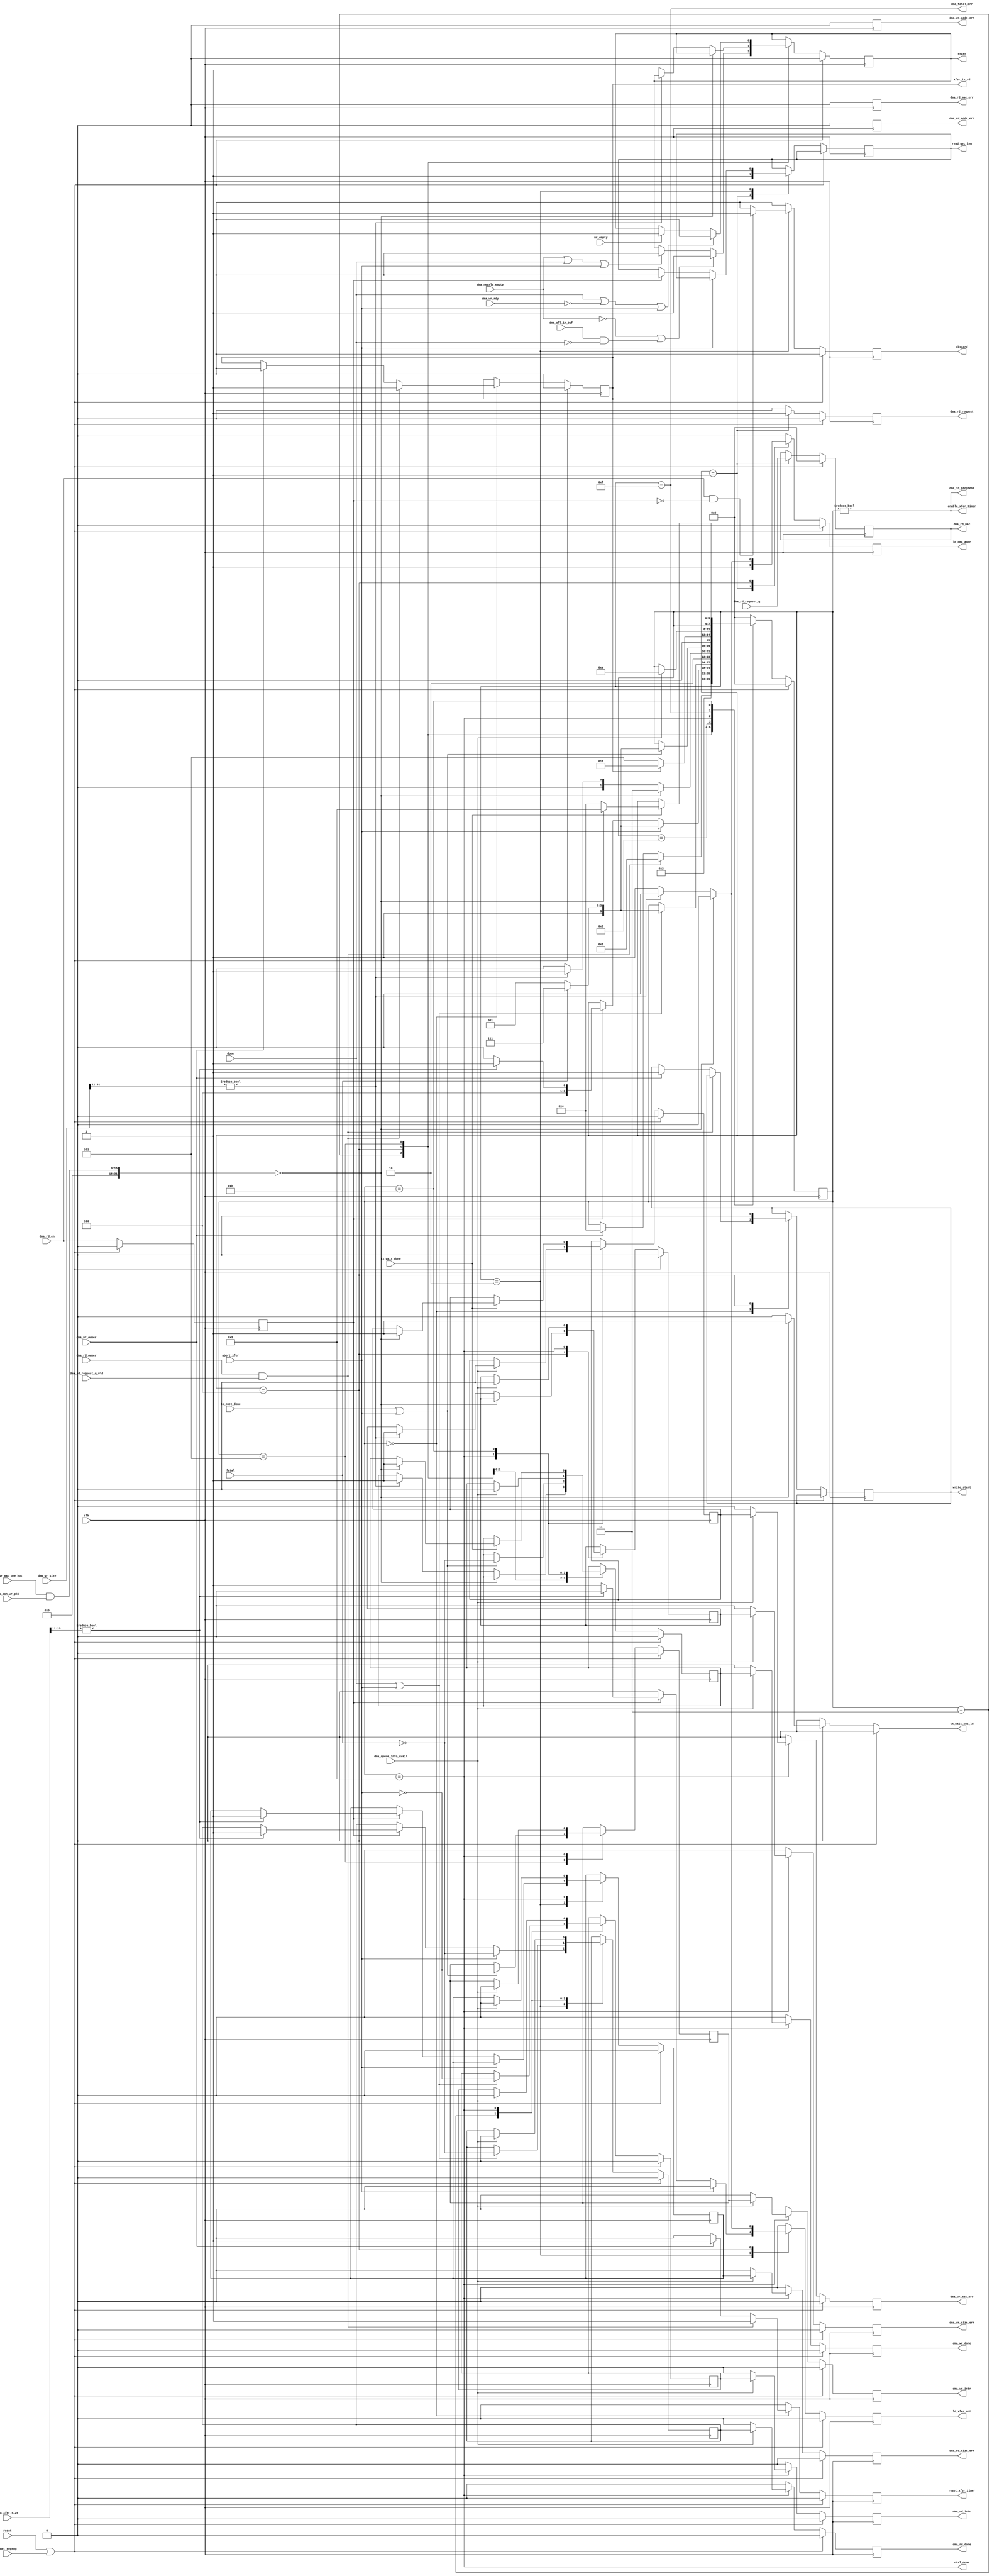
///////////////////////////////////////////////////////////////////////////////
// vim:set shiftwidth=3 softtabstop=3 expandtab:
// $Id: dma_engine_ctrl.v 3635 2008-04-21 03:42:17Z grg $
//
// Module: dma_engine_ctrl.v
// Project: CPCI (PCI Control FPGA)
// Description: Main state machine for the DMA engine
//
// Note: read and write are from the perspective of the driver.
//       Read means retrieve a packet from the CNET and place in memory.
//       Write means send a packet from memory to CNET.
//
// Change history: 12/9/07 - Split from DMA engine
//
// Issues to address:
//
///////////////////////////////////////////////////////////////////////////////

module dma_engine_ctrl (
            // PCI Signals
            output reg     dma_rd_intr,   // Request an interrupt to indicate read done
            output reg     dma_wr_intr,   // Request an interrupt to indicate write done

            // CPCI register interface signals
            output reg [3:0] dma_rd_mac,    // Which MAC was read data from

            input [31:0]   dma_wr_size,   // Packet size when performing writes

            input          dma_rd_owner,  // Who owns read buffer (1 = CPCI)
            input          dma_wr_owner,  // Who owns write buffer (1 = CPCI)

            output reg     dma_rd_done,   // The current read is done
            output reg     dma_wr_done,   // The current write is done

            output reg     dma_rd_size_err, // Read size is invalid
            output reg     dma_wr_size_err, // Write size is invalid

            output reg     dma_rd_addr_err, // Read address is invalid
            output reg     dma_wr_addr_err, // Write address is invalid

            output reg     dma_rd_mac_err, // No data is available to read from the requested MAC (not used)
            output reg     dma_wr_mac_err, // No space is available to write to the requested MAC

            output         dma_fatal_err, // Non-recoverable error

            output         dma_in_progress, // Is a DMA transfer currently taking place?

            // CNET DMA interface signals
            output reg     dma_rd_request, // Request packet from buffer

            input [15:0]   dma_xfer_size, // Transfer size of DMA read
            input          dma_rd_en,     // Read a word from the buffer

            input [15:0]   dma_can_wr_pkt, // Space in Virtex for full pkt

            input          dma_queue_info_avail,// Is DMA tx full info avail?

            input          dma_nearly_empty, // Three words or less left in the buffer
            input          dma_all_in_buf, // All data for the packet is in the buffer

            input          dma_wr_rdy,    // There's space in the buffer

            input          tx_wait_done,
            input          to_cnet_done,
            input          wr_empty,
            input          fatal,         // Fatal error
            output reg     start,         // Start (or continue) transferring
            input          done,          // Is the transfer done?

            output reg     ld_xfer_cnt,   // Load the xfer counter
            output reg     ld_dma_addr,   // Load the DMA address

            output reg     read_get_len,  // Record the length of the packet during a write
            output reg     write_start,   // In the write start state

            output         ctrl_done,     // In the done state

            input          dma_rd_request_q_vld,
            input [3:0]    dma_rd_request_q,
            input [15:0]   dma_wr_mac_one_hot,

            output reg     xfer_is_rd,    // Xfer is a read
            output reg     discard,       // Discard the current word

            output reg     reset_xfer_timer, // Reset the xfer timer
            output         enable_xfer_timer, // Enable the xfer timer
            input          abort_xfer,    // Abort the transfer

            output reg     tx_wait_cnt_ld,// Tx Wait counter

            // Miscelaneous signals
            input          cnet_reprog,   // Indicates that the CNET is
                                          // currently being reprogrammed

            input          reset,
            input          clk
         );


// ==================================================================
// Local
// ==================================================================

// Try to start a PCI transaction
reg start_nxt;

reg ld_xfer_cnt_nxt;

// Address pointer
reg ld_dma_addr_nxt;

// DMA request signals
reg dma_rd_request_nxt;

// Delayed version of dma_rd_en
reg dma_rd_en_d1;

// Read and write done
reg dma_rd_done_nxt, dma_wr_done_nxt;

reg next_dma_rd_done_nxt;
reg next_dma_rd_done;

reg next_dma_wr_done_nxt;
reg next_dma_wr_done;

// Transfer direction
reg xfer_is_rd_nxt;

// Discard a word from the read fifo
reg discard_nxt;

// Error signals
reg dma_rd_size_err_nxt;
reg dma_wr_size_err_nxt;
reg dma_rd_addr_err_nxt;
reg dma_wr_addr_err_nxt;
reg dma_rd_mac_err_nxt;
reg dma_wr_mac_err_nxt;

reg next_dma_rd_size_err;
reg next_dma_rd_size_err_nxt;
reg next_dma_wr_size_err;
reg next_dma_wr_size_err_nxt;
reg next_dma_wr_mac_err;
reg next_dma_wr_mac_err_nxt;

// Transfer timer
reg reset_xfer_timer_nxt;

// DMA interrupt signal
reg dma_rd_intr_nxt, dma_wr_intr_nxt;

reg next_dma_rd_intr;
reg next_dma_rd_intr_nxt;
reg next_dma_wr_intr;
reg next_dma_wr_intr_nxt;

// State variables
reg read_start_nxt;
reg read_get_len_nxt;
reg write_start_nxt;

// Which MAC did we read?
reg [3:0] dma_rd_mac_nxt;

// ==================================================================
// Control state machine
// ==================================================================

/* The state machine has the following states:
 *   DMAC_Idle        - Waiting for a transaction
 *   DMAC_Read        - Read transaction
 *   DMAC_Write       - Write transaction
 */

reg [3:0] curr_state, curr_state_nxt;

`define DMAC_Idle          4'h0
`define DMAC_Read_Start    4'h1
`define DMAC_Read_Get_Len  4'h2
`define DMAC_Read          4'h3
`define DMAC_Write_Start   4'h4
`define DMAC_Write         4'h5
`define DMAC_Wait          4'h8
`define DMAC_Done          4'h9
`define DMAC_Pre_Idle      4'ha
`define DMAC_Wait_Tx       4'hb
`define DMAC_Error         4'hf

always @(posedge clk)
begin
   curr_state <= curr_state_nxt;

   start <= start_nxt;
   ld_xfer_cnt <= ld_xfer_cnt_nxt;
   ld_dma_addr <= ld_dma_addr_nxt;
   discard <= discard_nxt;
   reset_xfer_timer <= reset_xfer_timer_nxt;

   // External signals
   xfer_is_rd <= xfer_is_rd_nxt;
   dma_rd_request <= dma_rd_request_nxt;
   dma_rd_mac <= dma_rd_mac_nxt;
   dma_rd_done <= dma_rd_done_nxt;
   dma_wr_done <= dma_wr_done_nxt;
   next_dma_rd_done <= next_dma_rd_done_nxt;
   next_dma_wr_done <= next_dma_wr_done_nxt;
   dma_rd_size_err <= dma_rd_size_err_nxt;
   dma_wr_size_err <= dma_wr_size_err_nxt;
   dma_rd_addr_err <= dma_rd_addr_err_nxt;
   dma_wr_addr_err <= dma_wr_addr_err_nxt;
   dma_rd_mac_err <= dma_rd_mac_err_nxt;
   dma_wr_mac_err <= dma_wr_mac_err_nxt;
   next_dma_rd_size_err <= next_dma_rd_size_err_nxt;
   next_dma_wr_size_err <= next_dma_wr_size_err_nxt;
   next_dma_wr_mac_err <= next_dma_wr_mac_err_nxt;
   dma_rd_intr <= dma_rd_intr_nxt;
   dma_wr_intr <= dma_wr_intr_nxt;
   next_dma_rd_intr <= next_dma_rd_intr_nxt;
   next_dma_wr_intr <= next_dma_wr_intr_nxt;
   read_get_len <= read_get_len_nxt;
   write_start <= write_start_nxt;
end

always @*
begin
   // Set defaults
   curr_state_nxt = curr_state;

   start_nxt = start;
   ld_xfer_cnt_nxt = 1'b0;
   ld_dma_addr_nxt = 1'b0;
   discard_nxt = 1'b0;
   reset_xfer_timer_nxt = 1'b0;

   xfer_is_rd_nxt = xfer_is_rd;
   dma_rd_request_nxt = 1'b0;
   dma_rd_mac_nxt = dma_rd_mac;
   dma_rd_done_nxt = 1'b0;
   dma_wr_done_nxt = 1'b0;
   next_dma_rd_done_nxt = next_dma_rd_done;
   next_dma_wr_done_nxt = next_dma_wr_done;
   dma_rd_size_err_nxt = 1'b0;
   dma_wr_size_err_nxt = 1'b0;
   dma_rd_addr_err_nxt = 1'b0;
   dma_wr_addr_err_nxt = 1'b0;
   dma_rd_mac_err_nxt = 1'b0;
   dma_wr_mac_err_nxt = 1'b0;
   next_dma_rd_size_err_nxt = next_dma_rd_size_err;
   next_dma_wr_size_err_nxt = next_dma_wr_size_err;
   next_dma_wr_mac_err_nxt = next_dma_wr_mac_err;
   dma_rd_intr_nxt = 1'b0;
   dma_wr_intr_nxt = 1'b0;
   next_dma_rd_intr_nxt = next_dma_rd_intr;
   next_dma_wr_intr_nxt = next_dma_wr_intr;
   read_get_len_nxt = read_get_len;
   write_start_nxt = write_start;

   tx_wait_cnt_ld = 0;


   // On either reset or the CNET being reprogrammed, go to the idle state
   if (reset || cnet_reprog) begin
      curr_state_nxt = `DMAC_Idle;
      start_nxt = 1'b0;
      xfer_is_rd_nxt = 1'b0;
      dma_rd_mac_nxt = 4'h0;
      next_dma_rd_done_nxt = 1'b0;
      next_dma_wr_done_nxt = 1'b0;
      next_dma_rd_intr_nxt = 1'b0;
      next_dma_wr_intr_nxt = 1'b0;
      next_dma_rd_size_err_nxt = 1'b0;
      next_dma_wr_size_err_nxt = 1'b0;
      next_dma_wr_mac_err_nxt = 1'b0;
   end
   else
      case (curr_state)
         `DMAC_Idle : begin
            // Check if there is a read request and there is data available
            if (dma_rd_owner && dma_rd_request_q_vld) begin
               curr_state_nxt = `DMAC_Read_Start;
               reset_xfer_timer_nxt = 1'b1;
               xfer_is_rd_nxt = 1'b1;
               read_start_nxt = 1'b1;
            end
            // Check if there is a write request
            else if (dma_wr_owner) begin
               curr_state_nxt = `DMAC_Write_Start;
               reset_xfer_timer_nxt = 1'b1;
               xfer_is_rd_nxt = 1'b0;
               write_start_nxt = 1'b1;
            end
         end

         `DMAC_Read_Start : begin
            curr_state_nxt = `DMAC_Read_Get_Len;

            // Sample the target address
            ld_dma_addr_nxt = 1'b1;

            // Instruct the CNET to start transferring a packet
            dma_rd_request_nxt = 1'b1;
            dma_rd_mac_nxt = dma_rd_request_q;

            read_start_nxt = 1'b0;
            read_get_len_nxt = 1'b1;
         end

         `DMAC_Read_Get_Len : begin
            if (dma_rd_en && !dma_rd_en_d1) begin
               // Discard the word from the FIFO
               discard_nxt = 1'b1;
            end

            if (abort_xfer) begin
               curr_state_nxt = fatal ? `DMAC_Error : `DMAC_Done;
               next_dma_rd_done_nxt = !fatal;
            end
            // Capture the first word that is transferred as the length
            else if (dma_rd_en_d1) begin
               // Make sure the size is < 2048
               if (dma_xfer_size[15:11] != 'h0) begin
                  curr_state_nxt = `DMAC_Done;
                  next_dma_rd_done_nxt = 1'b1;
                  next_dma_rd_size_err_nxt = 1'b1;
               end
               else begin
                  curr_state_nxt = `DMAC_Wait;

                  // Capture the length of the transfer
                  ld_xfer_cnt_nxt = 1'b1;
               end

               // Record that we're no longer in the get len state
               read_get_len_nxt = 1'b0;
            end
         end

         `DMAC_Read : begin
            // Generate a start signal if the buffer is not empty or if all
            // of the data has been transferred
            if (!dma_nearly_empty || (dma_all_in_buf && !done))
               start_nxt = 1'b1;
            else if (dma_nearly_empty || done || abort_xfer)
               start_nxt = 1'b0;

            // Return to the idle state when done
            if (done || abort_xfer) begin
               curr_state_nxt = fatal ? `DMAC_Error : `DMAC_Done;
               next_dma_rd_done_nxt = !fatal;
               next_dma_rd_intr_nxt = !abort_xfer;
            end
         end

         `DMAC_Write_Start : begin
            if ((dma_wr_mac_one_hot & dma_can_wr_pkt) == 'h0) begin
	       // wait a while to see if current pkt gets transmitted
	       // before we indicate an error.
               curr_state_nxt = `DMAC_Wait_Tx;
	       tx_wait_cnt_ld = 1;
            end
            // Make sure the size is < 2048
            else if (dma_wr_size[31:11] != 'h0) begin
               curr_state_nxt = `DMAC_Done;
               next_dma_wr_done_nxt = 1'b1;
               next_dma_wr_size_err_nxt = 1'b1;
            end
            else begin
               curr_state_nxt = `DMAC_Wait;

               // Sample the target address
               ld_dma_addr_nxt = 1'b1;
               ld_xfer_cnt_nxt = 1'b1;

               // Start the transfer
               start_nxt = 1'b1;
            end

            // Record that we're leaving the write start state
            write_start_nxt = 1'b0;
         end

         `DMAC_Write : begin
            // Halt the transfer if the register buffer to the CNET becomes full
            // or we've transferred everything or a timeout occurs
            if (done || !dma_wr_rdy || abort_xfer)
               start_nxt = 1'b0;
            else if (wr_empty)
               start_nxt = 1'b1;

            // Return to the idle state when we're done sending all data to
            // the CNET
            if (to_cnet_done || abort_xfer) begin
               curr_state_nxt = fatal ? `DMAC_Error : `DMAC_Done;
               next_dma_wr_done_nxt = !fatal;
               next_dma_wr_intr_nxt = !abort_xfer;
            end
         end

         `DMAC_Wait : begin
            // Wait a clock cycle for counts to settle
            curr_state_nxt = xfer_is_rd ? `DMAC_Read : `DMAC_Write ;
         end

         `DMAC_Done : begin
            if (dma_queue_info_avail) begin
               curr_state_nxt = `DMAC_Pre_Idle;

               // Copy the appropriate *next* signals into the outputs
               dma_rd_done_nxt = next_dma_rd_done;
               dma_rd_intr_nxt = next_dma_rd_intr;

               dma_wr_done_nxt = next_dma_wr_done;
               dma_wr_intr_nxt = next_dma_wr_intr;

               dma_rd_size_err_nxt = next_dma_rd_size_err;
               dma_wr_size_err_nxt = next_dma_wr_size_err;
               dma_wr_mac_err_nxt = next_dma_wr_mac_err;

               // Clear the *next* signals
               next_dma_rd_done_nxt = 1'b0;
               next_dma_wr_done_nxt = 1'b0;
               next_dma_rd_intr_nxt = 1'b0;
               next_dma_wr_intr_nxt = 1'b0;
               next_dma_rd_size_err_nxt = 1'b0;
               next_dma_wr_size_err_nxt = 1'b0;
               next_dma_wr_mac_err_nxt = 1'b0;
            end
         end

         `DMAC_Pre_Idle : begin
            // Wait here for one cycle for the read/write flags to be reset
            curr_state_nxt = `DMAC_Idle;
         end

         `DMAC_Error : begin
            // Stay here until reset
         end

         `DMAC_Wait_Tx : begin
	    if (tx_wait_done) begin
	       if ((dma_wr_mac_one_hot & dma_can_wr_pkt) == 'h0) begin
		  curr_state_nxt = `DMAC_Done;
		  next_dma_wr_done_nxt = 1'b1;
		  next_dma_wr_mac_err_nxt = 1'b1;
	       end
	       else // go back and try again
		 curr_state_nxt = `DMAC_Write_Start;
	    end
         end

         default : begin
            curr_state_nxt = `DMAC_Idle;
         end
      endcase
end

always @(posedge clk)
begin
   if (reset || cnet_reprog)
      dma_rd_en_d1 <= 1'b0;
   else
      dma_rd_en_d1 <= dma_rd_en;
end

// ==================================================================
// Miscelaneous signal generation
// ==================================================================

assign dma_fatal_err = curr_state == `DMAC_Error;
assign dma_in_progress = curr_state != `DMAC_Idle;
assign enable_xfer_timer = curr_state != `DMAC_Idle;

assign ctrl_done = curr_state == `DMAC_Done;

endmodule // dma_engine_ctrl